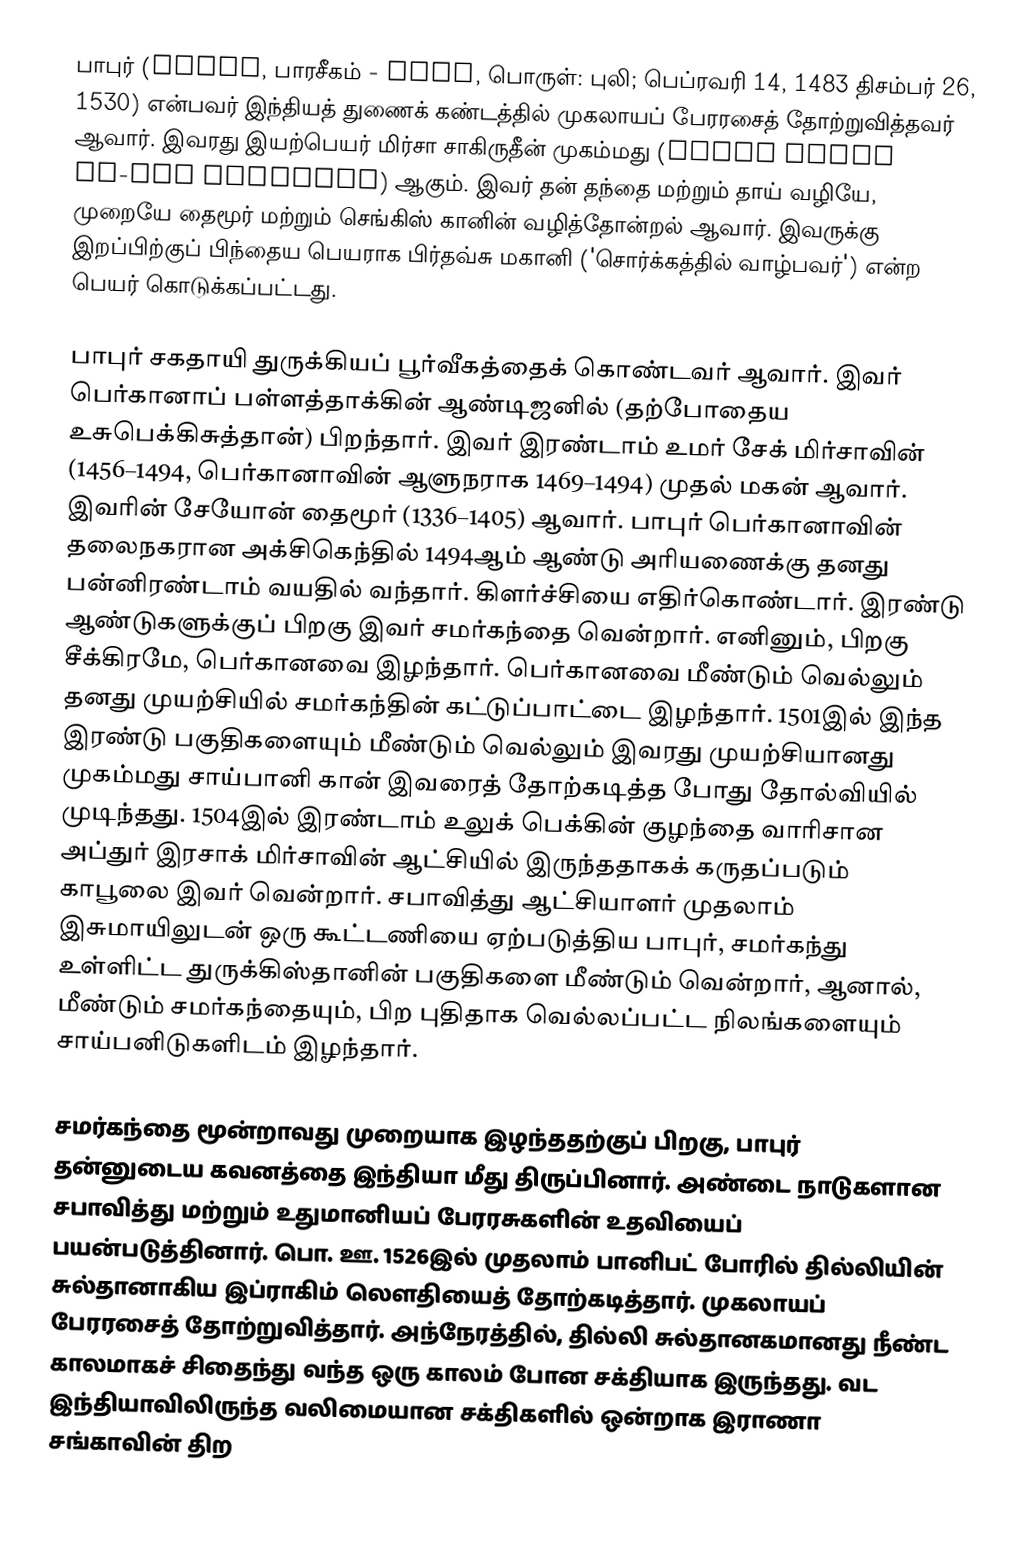
பாபுர் (Babur, பாரசீகம் - بابر, பொருள்: புலி; பெப்ரவரி 14, 1483 திசம்பர் 26, 1530) என்பவர் இந்தியத் துணைக் கண்டத்தில் முகலாயப் பேரரசைத் தோற்றுவித்தவர் ஆவார். இவரது இயற்பெயர் மிர்சா சாகிருதீன் முகம்மது (Mīrzā Zahīr ud-Dīn Muhammad) ஆகும். இவர் தன் தந்தை மற்றும் தாய் வழியே, முறையே தைமூர் மற்றும் செங்கிஸ் கானின் வழித்தோன்றல் ஆவார். இவருக்கு இறப்பிற்குப் பிந்தைய பெயராக பிர்தவ்சு மகானி ('சொர்க்கத்தில் வாழ்பவர்') என்ற பெயர் கொடுக்கப்பட்டது.

பாபுர் சகதாயி துருக்கியப் பூர்வீகத்தைக் கொண்டவர் ஆவார். இவர் பெர்கானாப் பள்ளத்தாக்கின் ஆண்டிஜனில் (தற்போதைய உசுபெக்கிசுத்தான்) பிறந்தார். இவர் இரண்டாம் உமர் சேக் மிர்சாவின் (1456–1494, பெர்கானாவின் ஆளுநராக 1469–1494) முதல் மகன் ஆவார். இவரின் சேயோன் தைமூர் (1336–1405) ஆவார். பாபுர் பெர்கானாவின் தலைநகரான அக்சிகெந்தில் 1494ஆம் ஆண்டு அரியணைக்கு தனது பன்னிரண்டாம் வயதில் வந்தார். கிளர்ச்சியை எதிர்கொண்டார். இரண்டு ஆண்டுகளுக்குப் பிறகு இவர் சமர்கந்தை வென்றார். எனினும், பிறகு சீக்கிரமே, பெர்கானவை இழந்தார். பெர்கானவை மீண்டும் வெல்லும் தனது முயற்சியில் சமர்கந்தின் கட்டுப்பாட்டை இழந்தார். 1501இல் இந்த இரண்டு பகுதிகளையும் மீண்டும் வெல்லும் இவரது முயற்சியானது முகம்மது சாய்பானி கான் இவரைத் தோற்கடித்த போது தோல்வியில் முடிந்தது. 1504இல் இரண்டாம் உலுக் பெக்கின் குழந்தை வாரிசான அப்துர் இரசாக் மிர்சாவின் ஆட்சியில் இருந்ததாகக் கருதப்படும் காபூலை இவர் வென்றார். சபாவித்து ஆட்சியாளர் முதலாம் இசுமாயிலுடன் ஒரு கூட்டணியை ஏற்படுத்திய பாபுர், சமர்கந்து உள்ளிட்ட துருக்கிஸ்தானின் பகுதிகளை மீண்டும் வென்றார், ஆனால், மீண்டும் சமர்கந்தையும், பிற புதிதாக வெல்லப்பட்ட நிலங்களையும் சாய்பனிடுகளிடம் இழந்தார்.

சமர்கந்தை மூன்றாவது முறையாக இழந்ததற்குப் பிறகு, பாபுர் தன்னுடைய கவனத்தை இந்தியா மீது திருப்பினார். அண்டை நாடுகளான சபாவித்து மற்றும் உதுமானியப் பேரரசுகளின் உதவியைப் பயன்படுத்தினார். பொ. ஊ. 1526இல் முதலாம் பானிபட் போரில் தில்லியின் சுல்தானாகிய இப்ராகிம் லௌதியைத் தோற்கடித்தார். முகலாயப் பேரரசைத் தோற்றுவித்தார். அந்நேரத்தில், தில்லி சுல்தானகமானது நீண்ட காலமாகச் சிதைந்து வந்த ஒரு காலம் போன சக்தியாக இருந்தது. வட இந்தியாவிலிருந்த வலிமையான சக்திகளில் ஒன்றாக இராணா சங்காவின் திற